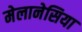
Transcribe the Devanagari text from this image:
मेलानेसिया